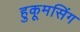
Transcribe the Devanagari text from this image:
हुकूमसिंग